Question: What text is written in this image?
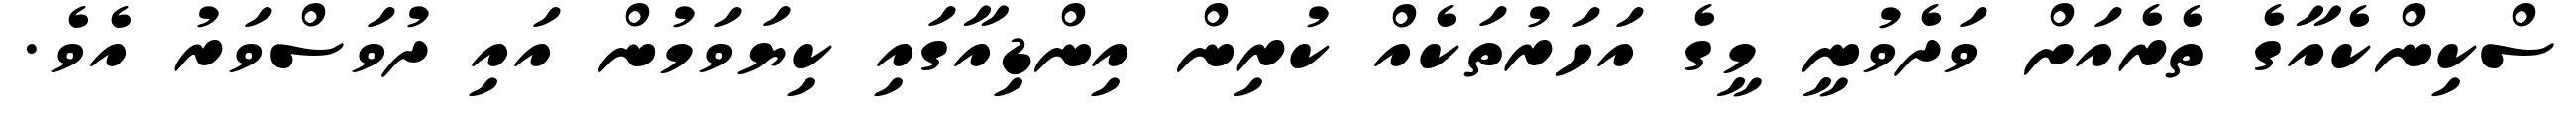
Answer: ސްކިންކެއާގެ ތެރެއަށް ވަދެވުނީ މީގެ އަހަރުތަކެއް ކުރިން އިންޑިއާގައި ކިޔަވަމުން އައި ދުވަސްވަރު އެވެ.